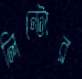
লিন্টোর